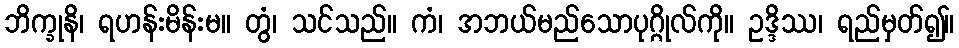
ဘိက္ခုနိ၊ ရဟန်းမိန်းမ။ တွံ၊ သင်သည်။ ကံ၊ အဘယ်မည်သောပုဂ္ဂိုလ်ကို။ ဥဒ္ဒိဿ၊ ရည်မှတ်၍။